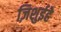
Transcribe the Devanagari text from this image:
ज़िशुईहे